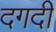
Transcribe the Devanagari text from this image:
दगदी